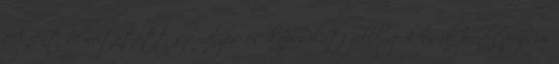
A fent bemutatott személyes és kapcsolati jellemzők csak prediszpozíciói